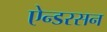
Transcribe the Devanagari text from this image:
ऐन्डरसन